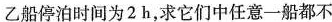
乙船停泊时间为2 h，求它们中任意一船都不